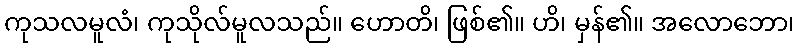
ကုသလမူလံ၊ ကုသိုလ်မူလသည်။ ဟောတိ၊ ဖြစ်၏။ ဟိ၊ မှန်၏။ အလောဘော၊